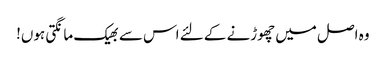
وہ اصل میں چھوڑنے کے لئے اس سے بھیک مانگتی ہوں!